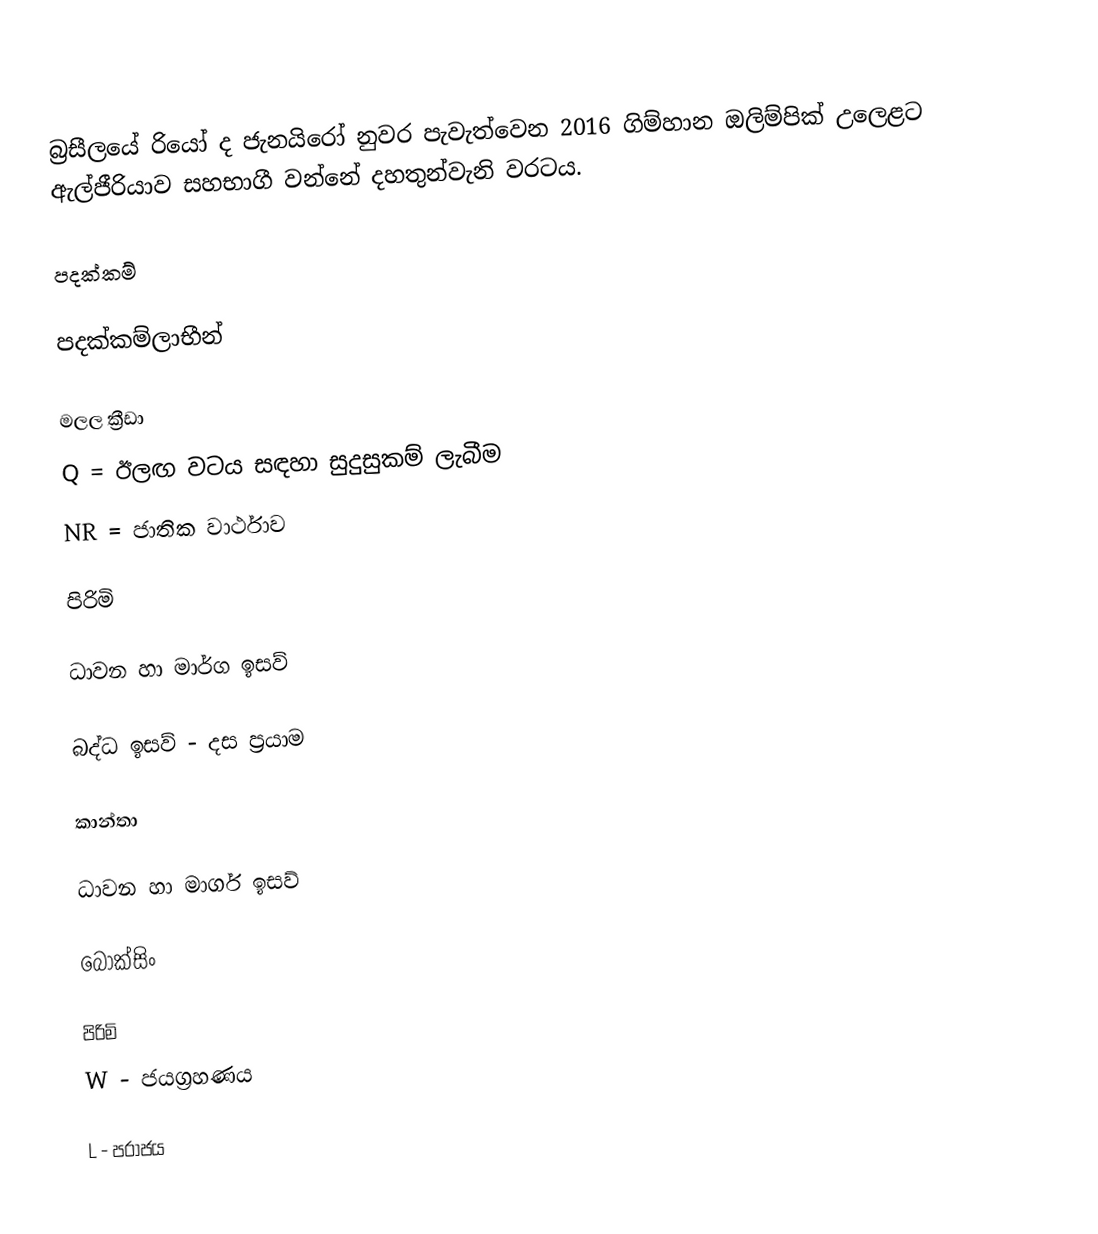
බ්‍රසීලයේ රියෝ ද ජැනයිරෝ නුවර පැවැත්වෙන 2016 ගිම්හාන ඔලිම්පික් උලෙළට ඇල්ජීරියාව සහභාගී වන්නේ දහතුන්වැනි වරටය.

පදක්කම්

පදක්කම්ලාභීන්

මලල ක්‍රීඩා
 Q = ඊලඟ වටය සඳහා සුදුසුකම් ලැබීම
 NR = ජාතික වාර්ථාව

පිරිමි

ධාවන හා මාර්ග ඉසව්

බද්ධ ඉසව් - දස ප්‍රයාම

කාන්තා

ධාවන හා මාර්ග ඉසව්

බොක්සිං

පිරිමි
 W - ජයග්‍රහණය

 L - පරාජය